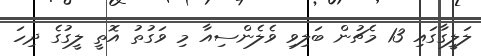
ލަލީގާގައި 13 މެޗުން ބަލިވި ވެލެންސިއާ މި ވަގުތު އޮތީ ލީގުގެ ދިހަ